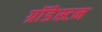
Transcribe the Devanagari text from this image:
ग्रॉंडेस्टन